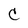
Character: C